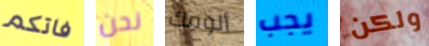
فاتكم نحن ألومك يجب ولكن